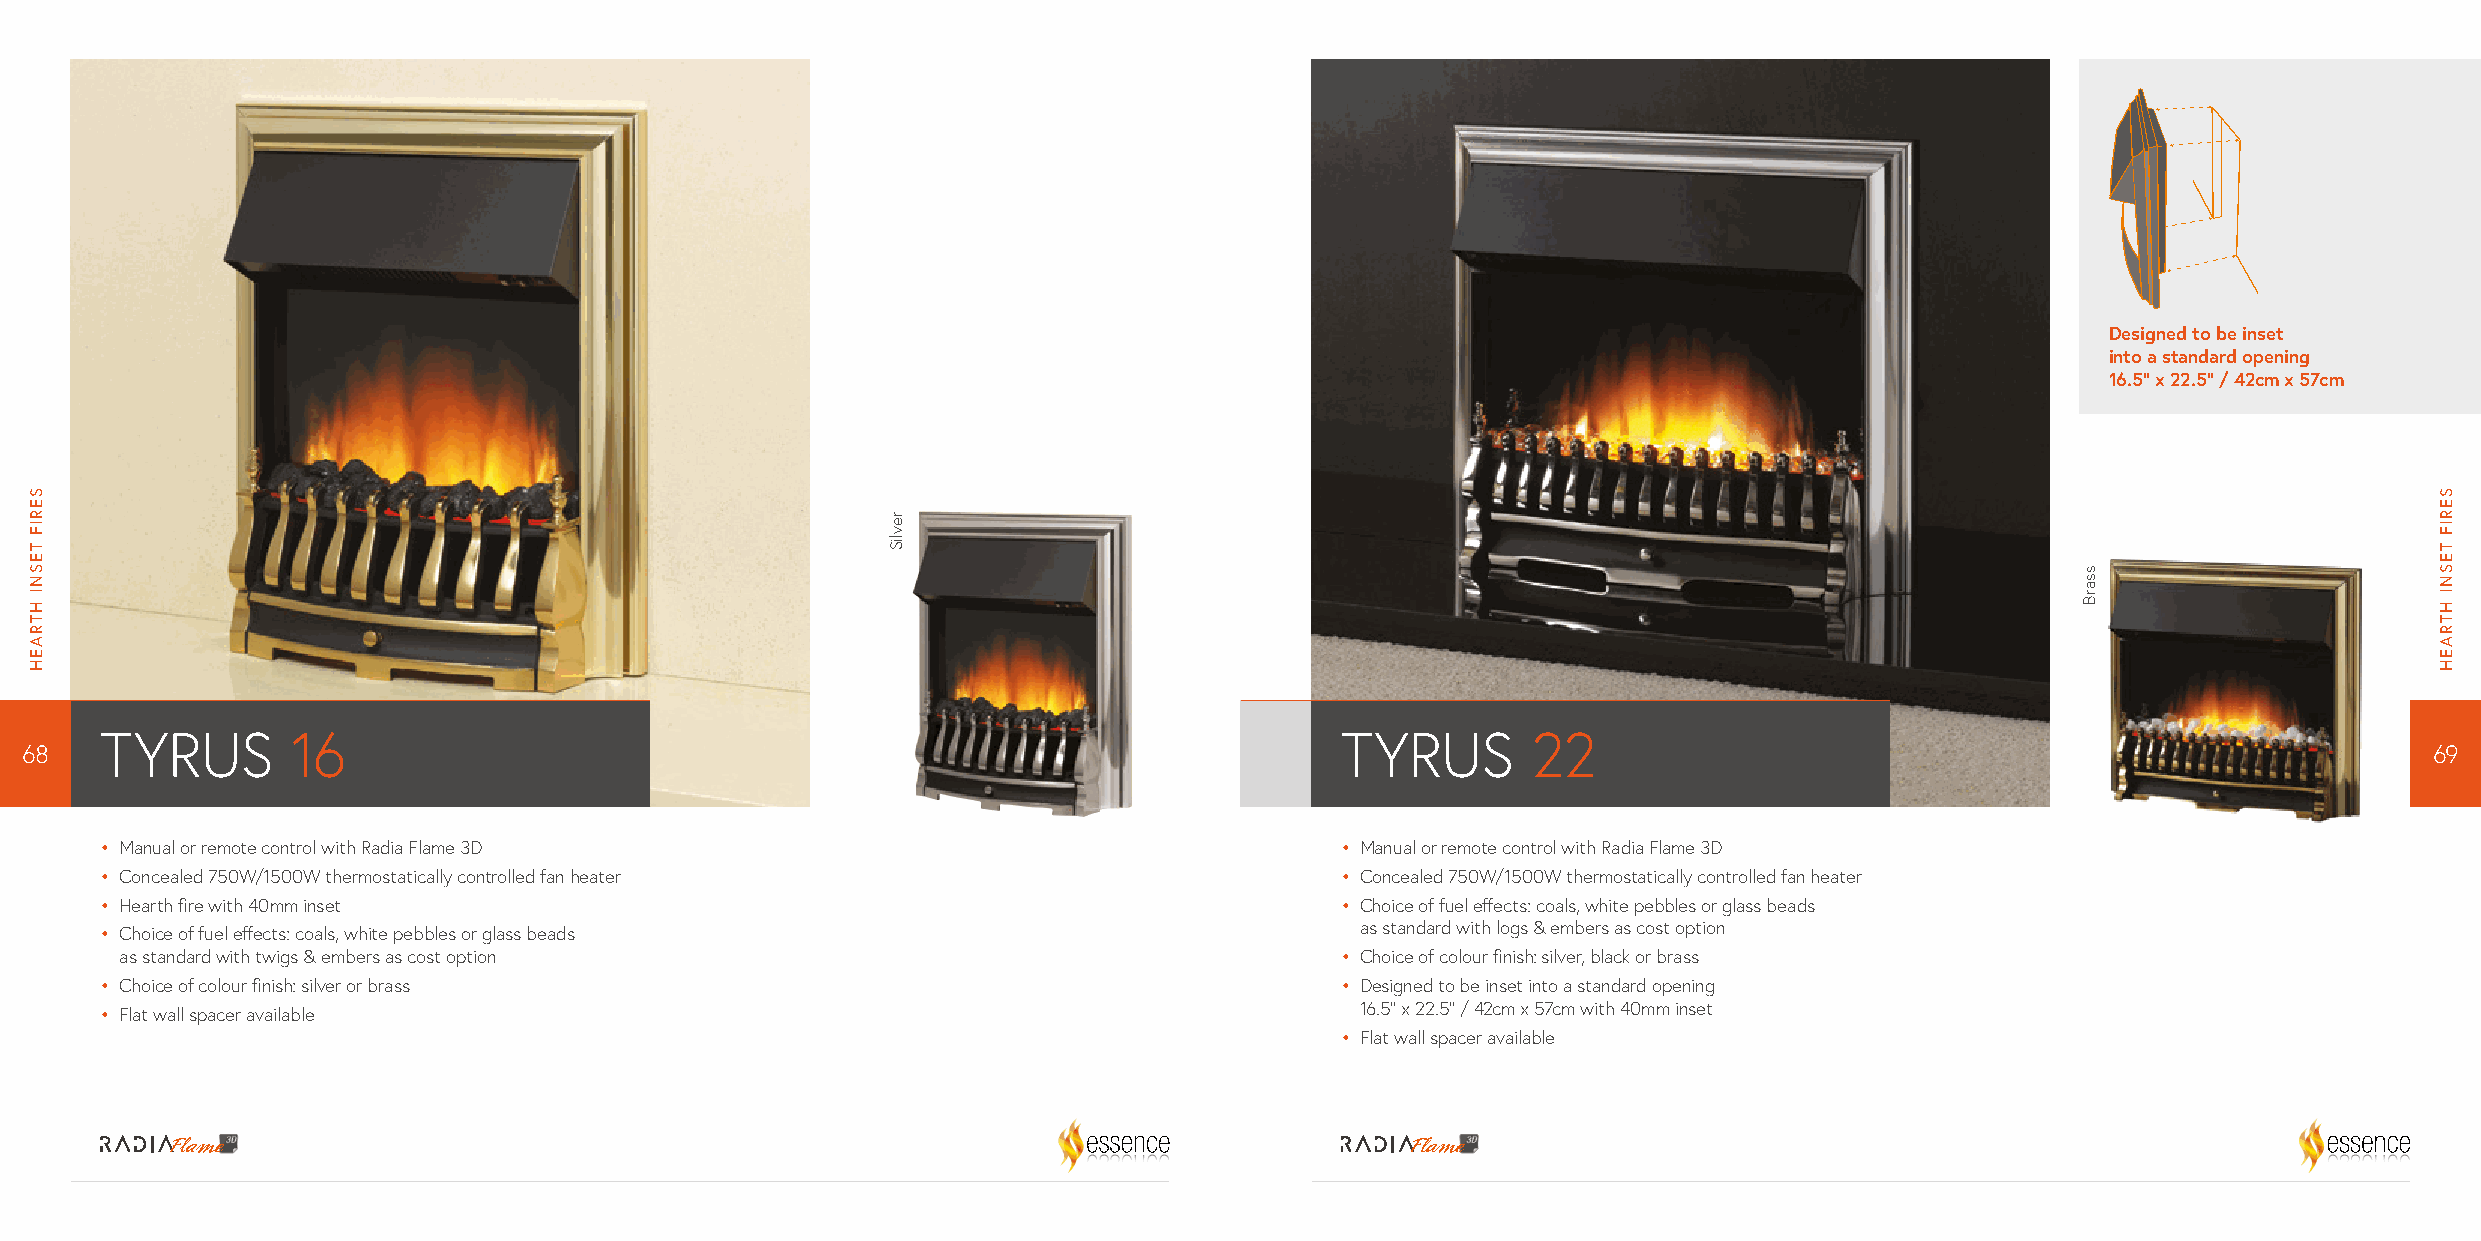
Designed to be inset
 into a standard opening
 16.5” x 22.5” / 42cm x 57cm
 TYRUS       16                                                                    TYRUS       22
 68                                                                                                                                                              69
 • M anual or remote control with Radia Flame 3D                                   • M anual or remote control with Radia Flame 3D
 • C oncealed 750W/1500W thermostatically controlled fan heater                    • C oncealed 750W/1500W thermostatically controlled fan heater
 • H earth fire with 40mm inset                                                    • C hoice of fuel effects: coals, white pebbles or glass beads
 • C hoice of fuel effects: coals, white pebbles or glass beads                     as standard with logs & embers as cost option
 as standard with twigs & embers as cost option                                   • C hoice of colour finish: silver, black or brass
 • C hoice of colour finish: silver or brass                                       • D esigned to be inset into a standard opening
 • F lat wall spacer available                                                      16.5” x 22.5” / 42cm x 57cm with 40mm inset
 • F lat wall spacer available
 SERIF
 TESNI
 HTRAEH
 revliS
 ssarB
 SERIF
 TESNI
 HTRAEH